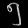
Digit: ၅